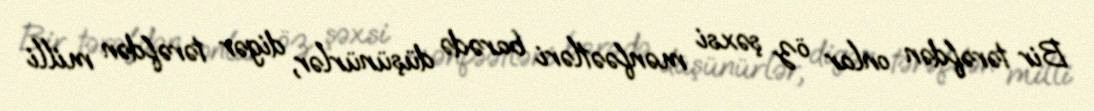
Bir tərəfdən onlar öz şəxsi mənfəətləri barədə düşünürlər, digər tərəfdən milli